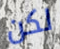
لكن